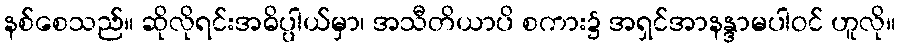
နစ်စေသည်။ ဆိုလိုရင်းအဓိပ္ပါယ်မှာ၊ အသီတိယာပိ စကား၌ အရှင်အာနန္ဒာမပါဝင် ဟူလို။